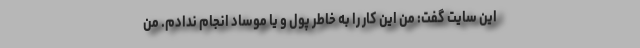
این سایت گفت: من این کار را به خاطر پول و یا موساد انجام ندادم. من